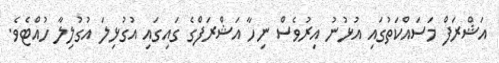
އަޝްރަފް މަސައްކަތުގައި އުޅުނު އިރުވެސް ނިހާ އަޝްރަފްގެ ގައިގައި އުގުޅިލަ އުގުލިލާ ހުއްޓެވެ.